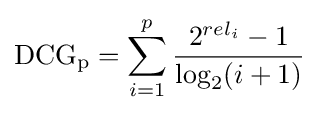
\mathrm {DCG_{p}} =\sum _{i=1}^{p}{\frac {2^{rel_{i}}-1}{\log _{2}(i+1)}}